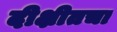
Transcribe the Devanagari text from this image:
दीक्षीतचा